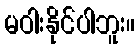
မဝါးနိုင်ပါဘူး။